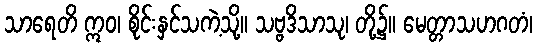
သာရေတိ ဣဝ၊ စိုင်းနှင်သကဲ့သို့။ သဗ္ဗဒိသာသု၊ တို့၌။ မေတ္တာသဟဂတံ၊